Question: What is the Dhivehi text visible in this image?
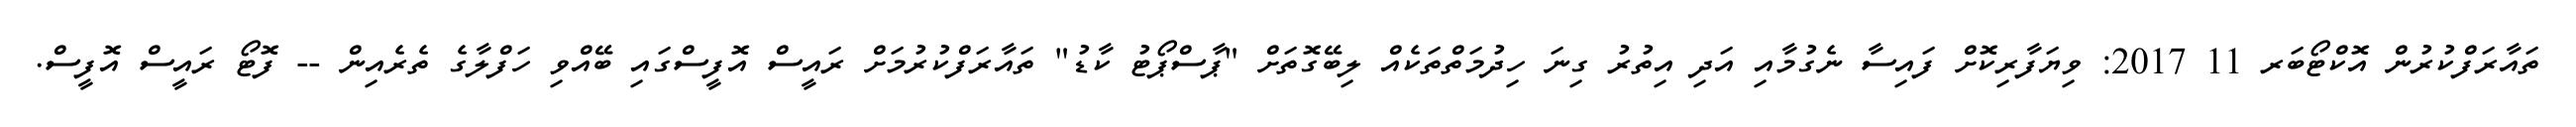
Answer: ތައާރަފްކުރުން އޮކްޓޯބަރ 11 2017: ވިޔަފާރިކޮށް ފައިސާ ނެގުމާއި އަދި އިތުރު ގިނަ ހިދުމަތްތަކެއް ލިބޭގޮތަށް "ޕާސްޕޯޓު ކާޑު" ތައާރަފްކުރުމަށް ރައީސް އޮފީސްގައި ބޭއްވި ހަފްލާގެ ތެރެއިން -- ފޮޓޯ ރައީސް އޮފީސް.